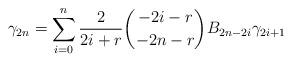
LaTeX: \begin{align*} \gamma_{2n} = \sum\limits_{i=0}^n \frac{2}{2i+r} {-2i-r \choose -2n-r} B_{2n-2i} \gamma_{2i+1}\end{align*}